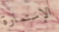
الإستمارة